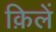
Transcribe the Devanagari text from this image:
क़िलें